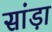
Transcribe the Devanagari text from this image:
सांड़ा